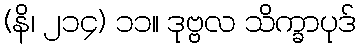
(နိ၊ ၂၁၄) ၁၁။ ဒုဗ္ဗလ သိက္ခာပုဒ်